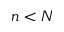
n < N